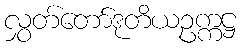
လွှတ်တော်ဒုတိယဥက္ကဋ္ဌ